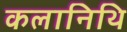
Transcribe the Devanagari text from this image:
कलानिथि